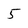
Character: 5